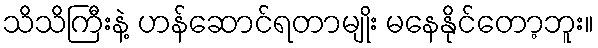
သိသိကြီးနဲ့ ဟန်ဆောင်ရတာမျိုး မနေနိုင်တော့ဘူး။